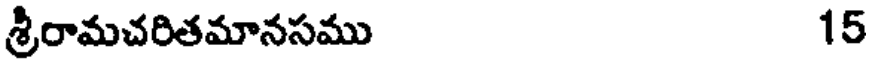
శ్రీరామచరితమానసము 15